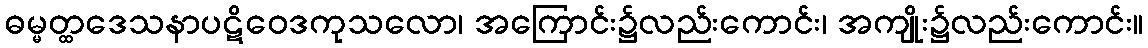
ဓမ္မတ္ထဒေသနာပဋိဝေဒကုသလော၊ အကြောင်း၌လည်းကောင်း၊ အကျိုး၌လည်းကောင်း။